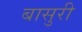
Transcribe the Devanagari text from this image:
बासुरी